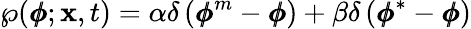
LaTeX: \wp(\pmb{\phi};\mathbf{x},t)=\alpha\delta\left(\pmb{\phi}^{m}-\pmb{\phi}\right)+\beta\delta\left(\pmb{\phi}^{*}-\pmb{\phi}\right)